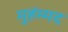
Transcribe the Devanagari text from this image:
मुहंम्मद